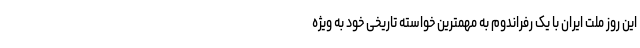
این روز ملت ایران با یک رفراندوم به مهمترین خواسته تاریخی خود به ویژه